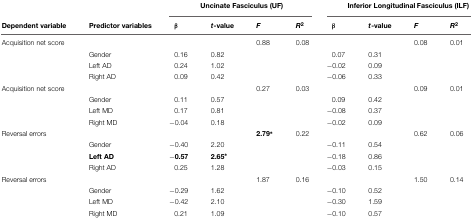
<table><thead><tr><td></td><td></td><td colspan="4"><b>Uncinate Fasciculus (UF)</b></td><td colspan="4"><b>Inferior Longitudinal Fasciculus (ILF)</b></td></tr><tr><td><b>Dependent variable</b></td><td><b>Predictor variables</b></td><td><b>β</b></td><td><b><i>t</i>-value</b></td><td><b><i>F</i></b></td><td><b><i>R<sup>2</sup></i></b></td><td><b>β</b></td><td><b><i>t</i>-value</b></td><td><b><i>F</i></b></td><td><b><i>R<sup>2</sup></i></b></td></tr></thead><tbody><tr><td>Acquisition net score</td><td></td><td></td><td></td><td>0.88</td><td>0.08</td><td></td><td></td><td>0.08</td><td>0.01</td></tr><tr><td></td><td>Gender</td><td>0.16</td><td>0.82</td><td></td><td></td><td>0.07</td><td>0.31</td><td></td><td></td></tr><tr><td></td><td>Left AD</td><td>0.24</td><td>1.02</td><td></td><td></td><td>-0.02</td><td>0.09</td><td></td><td></td></tr><tr><td></td><td>Right AD</td><td>0.09</td><td>0.42</td><td></td><td></td><td>-0.06</td><td>0.33</td><td></td><td></td></tr><tr><td>Acquisition net score</td><td></td><td></td><td></td><td>0.27</td><td>0.03</td><td></td><td></td><td>0.09</td><td>0.01</td></tr><tr><td></td><td>Gender</td><td>0.11</td><td>0.57</td><td></td><td></td><td>0.09</td><td>0.42</td><td></td><td></td></tr><tr><td></td><td>Left MD</td><td>0.17</td><td>0.81</td><td></td><td></td><td>-0.08</td><td>0.37</td><td></td><td></td></tr><tr><td></td><td>Right MD</td><td>-0.04</td><td>0.18</td><td></td><td></td><td>-0.02</td><td>0.09</td><td></td><td></td></tr><tr><td>Reversal errors</td><td></td><td></td><td></td><td><b>2.79*</b></td><td>0.22</td><td></td><td></td><td>0.62</td><td>0.06</td></tr><tr><td></td><td>Gender</td><td>-0.40</td><td>2.20</td><td></td><td></td><td>-0.11</td><td>0.54</td><td></td><td></td><td></td></tr><tr><td></td><td><b>Left AD</b></td><td>-<b>0.57</b></td><td><b>2.65*</b></td><td></td><td></td><td>-0.18</td><td>0.86</td><td></td><td></td></tr><tr><td></td><td>Right AD</td><td>0.25</td><td>1.28</td><td></td><td></td><td>-0.03</td><td>0.15</td><td></td><td></td></tr><tr><td>Reversal errors</td><td></td><td></td><td></td><td>1.87</td><td>0.16</td><td></td><td></td><td>1.50</td><td>0.14</td></tr><tr><td></td><td>Gender</td><td>-0.29</td><td>1.62</td><td></td><td></td><td>-0.10</td><td>0.52</td><td></td><td></td></tr><tr><td></td><td>Left MD</td><td>-0.42</td><td>2.10</td><td></td><td></td><td>-0.30</td><td>1.59</td><td></td><td></td></tr><tr><td></td><td>Right MD</td><td>0.21</td><td>1.09</td><td></td><td></td><td>-0.10</td><td>0.57</td><td></td><td></td></tr></tbody></table>